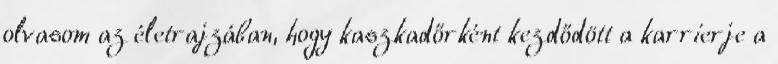
olvasom az életrajzában, hogy kaszkadőrként kezdődött a karrierje a